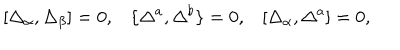
LaTeX: [ \Delta _ { \alpha } , \Delta _ { \beta } ] = 0 , \{ \Delta ^ { a } , \Delta ^ { b } \} = 0 , [ \Delta _ { \alpha } , \Delta ^ { a } ] = 0 ,